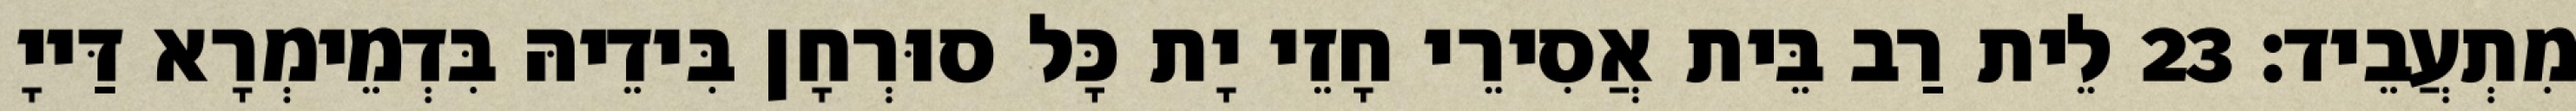
מִתְעֲבֵיד׃ 23 לֵית רַב בֵּית אֲסִירֵי חָזֵי יָת כָּל סוּרְחָן בִּידֵיהּ בִּדְמֵימְרָא דַּייָ